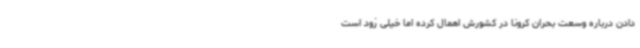
دادن درباره وسعت بحران کرونا در کشورش اهمال کرده اما خیلی زود است